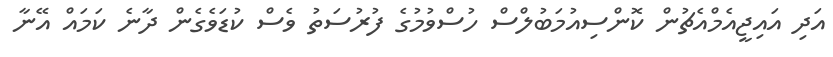
އަދި އައިޖީއެމްއެޗުން ކޮންސިއުމަބުލްސް ހުސްވުމުގެ ފުރުސަތު ވެސް ކުޑަވެގެން ދާނެ ކަމައް އޭނާ